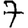
Digit: 7